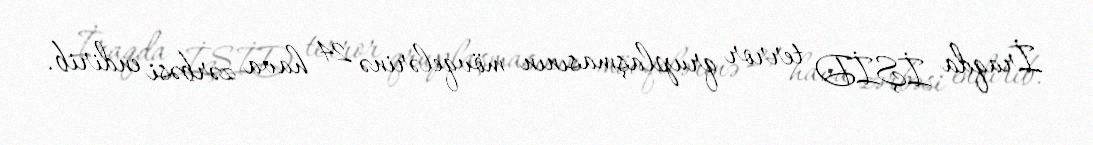
İraqda İŞİD terror qruplaşmasının mövqelərinə 24 hava zərbəsi endirib.